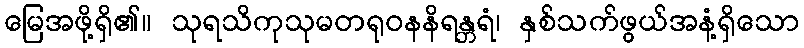
မြေအဖို့ရှိ၏။ သုရသိကုသုမတရုဝနနိရန္တရံ၊ နှစ်သက်ဖွယ်အနံ့ရှိသော